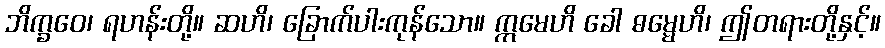
ဘိက္ခဝေ၊ ရဟန်းတို့။ ဆဟိ၊ ခြောက်ပါးကုန်သော။ ဣမေဟိ ခေါ ဓမ္မေဟိ၊ ဤတရားတို့နှင့်။